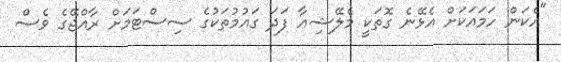
"އެކަން ހަމައަކަށް އެޅޭނެ ގޮތަކީ މެލޭޝިއާ ފަދަ ގައުމުތަކުގެ ސިސްޓަމަށް ރާއްޖޭގެ ވެސް